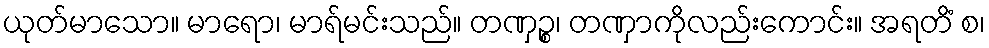
ယုတ်မာသော။ မာရော၊ မာရ်မင်းသည်။ တဏှဉ္စ၊ တဏှာကိုလည်းကောင်း။ အရတိံ စ၊